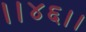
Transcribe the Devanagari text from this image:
।।४६।।